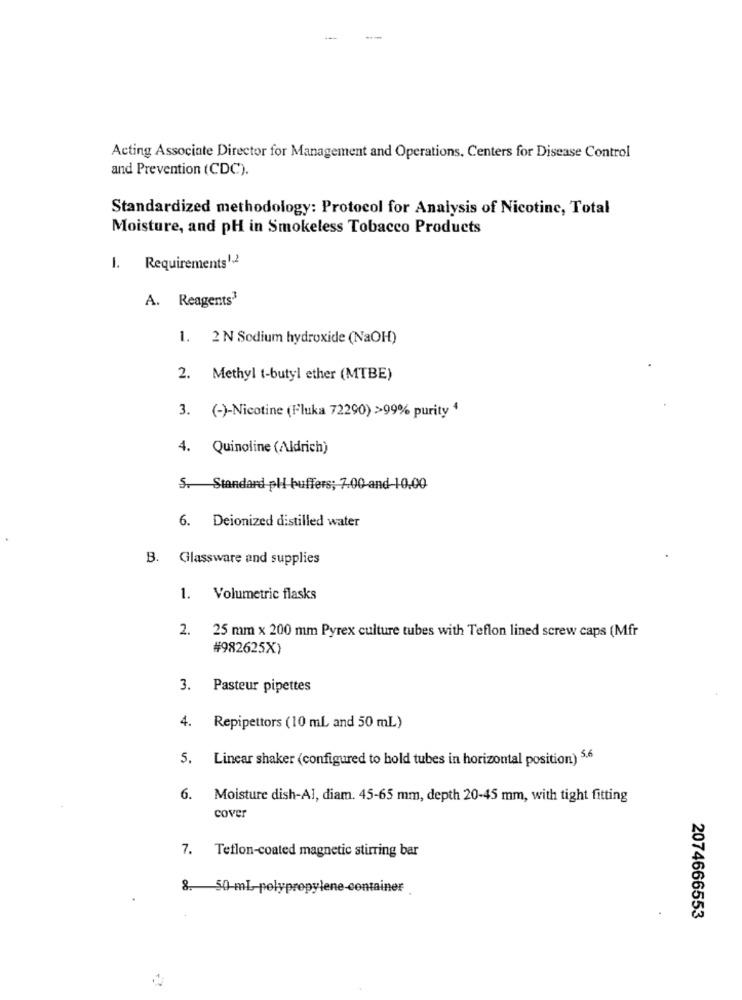
Acting Associate Director for Management and Operations. Centers for Disease Control
and Prevention (CDC).
Standardized methodology: Protocol for Analysis of Nicotinc, Total
Moisture, and pH in Smokeless Tobacco Products
1. Requirements1,2
A. Reagents3
1. 2 N Sodium hydroxide (NaOH)
2. Methyl t-butyl ether (MTBE)
3. (-)-Nicotine (Fluka 72290) >99% purity 4
4. Quinoline (Aldrich)
5. Standard pli buffers; 7.00 and 10,00
6. Deionized distilled water
B. Glassware and supplies
1. Volumetric flasks
2. 25 mm x 200 mm Pyrex culture tubes with Teflon lined screw caps (Mfr
#982625X)
3. Pasteur pipettes
4. Repipettors (10 ml and 50 mL)
5. Linear shaker (configured to hold tubes in horizontal position) 5.6
6. Moisture dish-AI, diam. 45-65 mm, depth 20-45 mm, with tight fitting
cover
7. Teflon-coated magnetic stirring bar
8. 50-ml-polypropylene-container
2074666553